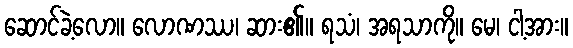
ဆောင်ခဲ့လော။ လောဏဿ၊ ဆား၏။ ရသံ၊ အရသာကို။ မေ၊ ငါ့အား။